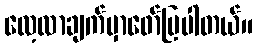
လေ့လာချက်မှာဖော်ပြပါတယ်။